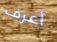
أعرف